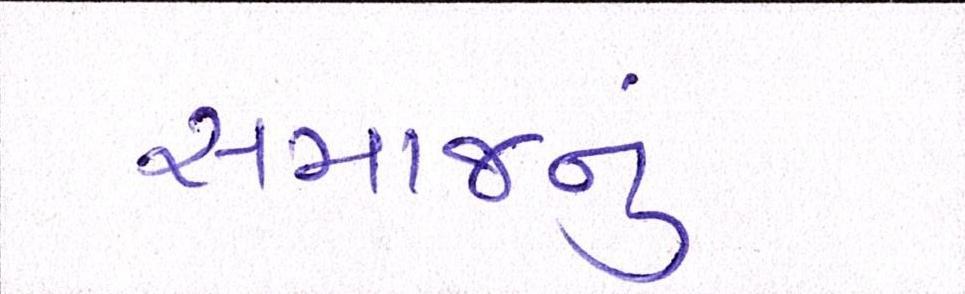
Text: સમાજનું